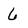
Character: 6